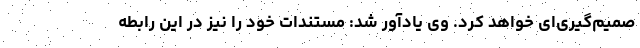
صمیم‌گیری‌ای خواهد کرد. وی یادآور شد: مستندات خود را نیز در این رابطه